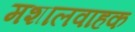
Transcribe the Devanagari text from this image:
मशालवाहक